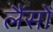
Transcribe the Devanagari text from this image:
लैंसोँ